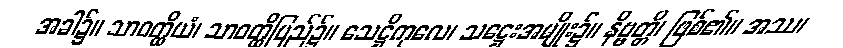
အခါ၌။ သာဝတ္ထိယံ၊ သာဝတ္ထိပြည်၌။ သေဋ္ဌိကုလေ၊ သဋ္ဌေးအမျိုး၌။ နိဗ္ဗတ္တိ၊ ဖြစ်၏။ အဿ၊